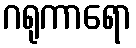
ဂရုကာရော